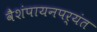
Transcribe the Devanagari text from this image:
वैशंपायनपर्यंत